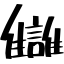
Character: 讎